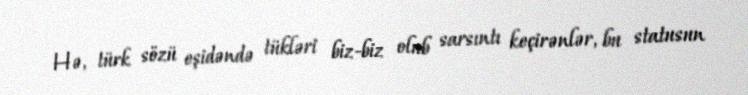
Hə, türk sözü eşidəndə tükləri biz-biz olub sarsıntı keçirənlər, bu statusun